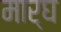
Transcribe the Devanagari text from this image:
मार्घ